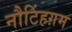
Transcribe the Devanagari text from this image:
नौटिंहग़म